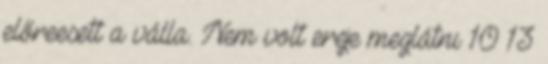
előreesett a válla. Nem volt ereje meglátni 10 13